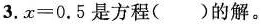
3.$$x=0.5$$是方程( )的解。